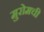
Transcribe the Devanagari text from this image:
मुरोमची